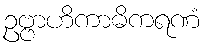
ဥဗ္ဗာဟိကာဓိကရဏံ